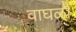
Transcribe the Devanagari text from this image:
वाघळी